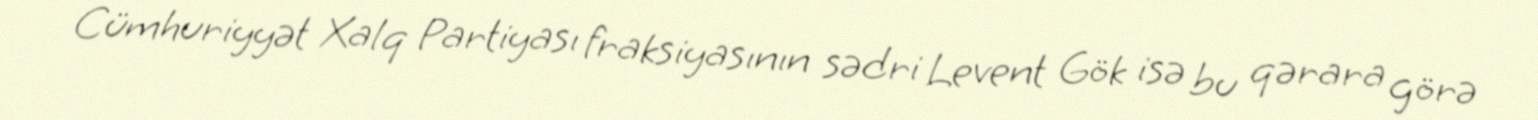
Cümhuriyyət Xalq Partiyası fraksiyasının sədri Levent Gök isə bu qərara görə